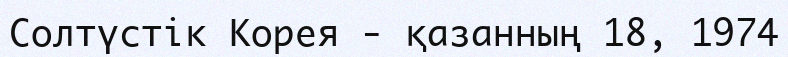
Солтүстік Корея - қазанның 18, 1974